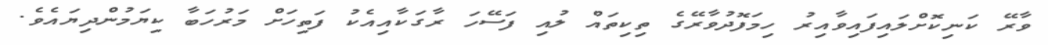
ވާރޭ ކަނިކޮށްލައިފައިވާއިރު ހިމަފޮދުވާރޭގެ ތިކިތައް ލުއި ފަސޭހަ ރާގަކާއިއެކު ފަތިހަށް މަރުހަބާ ކިޔަމުންދިޔައެވެ.